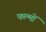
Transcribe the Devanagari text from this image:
फल्मों